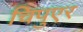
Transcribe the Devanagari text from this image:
चिपुएर